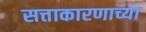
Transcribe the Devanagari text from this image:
सत्ताकारणाच्या